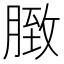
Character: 𦟔